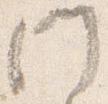
門